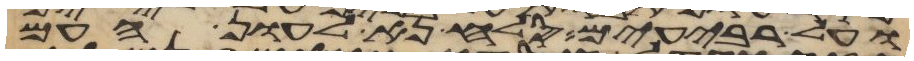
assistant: ועל רביעים סלח נא לעון העם